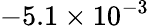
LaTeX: -5.1\times 10^{-3}